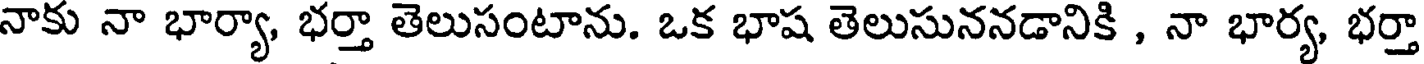
నాకు నా భార్యా, భర్తా తెలుసంటాను. ఒక భాష తెలుసుననడానికి , నా భార్య, భర్తా